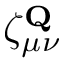
\zeta _ { \mu \nu } ^ { \mathbf { Q } }